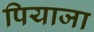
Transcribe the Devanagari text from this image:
पियाजा